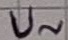
Text: U~